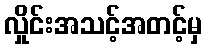
လှိုင်းအသင့်အတင့်မှ